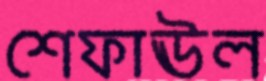
শেফাঊল